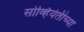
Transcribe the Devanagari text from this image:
सोव्हियेतीच्या